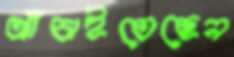
আঁচাইতেছেন